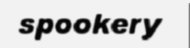
spookery